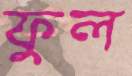
ফুল